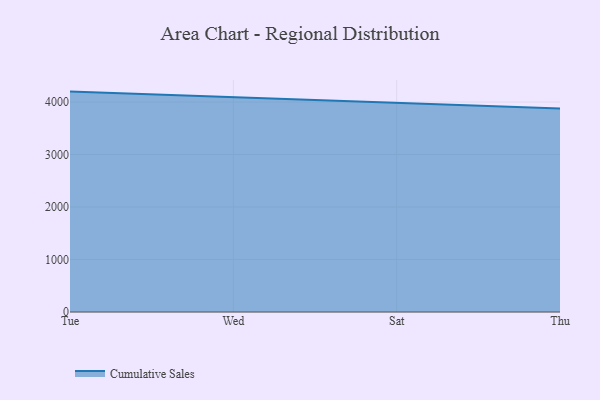
{"axis": {"x": "Day", "y": "Customer Acquisition Cost (USD)"}, "legend": ["Cumulative Sales"], "data": [{"x": "Tue", "y": 4198.6, "type": "Cumulative Sales"}, {"x": "Wed", "y": 4087.3, "type": "Cumulative Sales"}, {"x": "Sat", "y": 3990.4, "type": "Cumulative Sales"}, {"x": "Thu", "y": 3875.8, "type": "Cumulative Sales"}]}